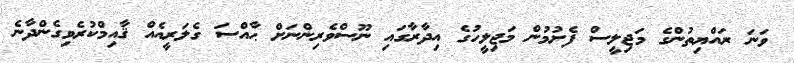
ވަނަ ރައްޔިތުންގެ މަޖިލީސް ފެށުމުން މަޖިލީހުގެ އިދާރާގައި ނޫސްވެރިންނަށް ޙާއްސަ ގެލަރީއެއް ޤާއިމްކުރެވިގެންދާނެ